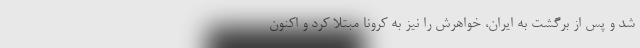
شد و پس از برگشت به ایران، خواهرش را نیز به کرونا مبتلا کرد و اکنون